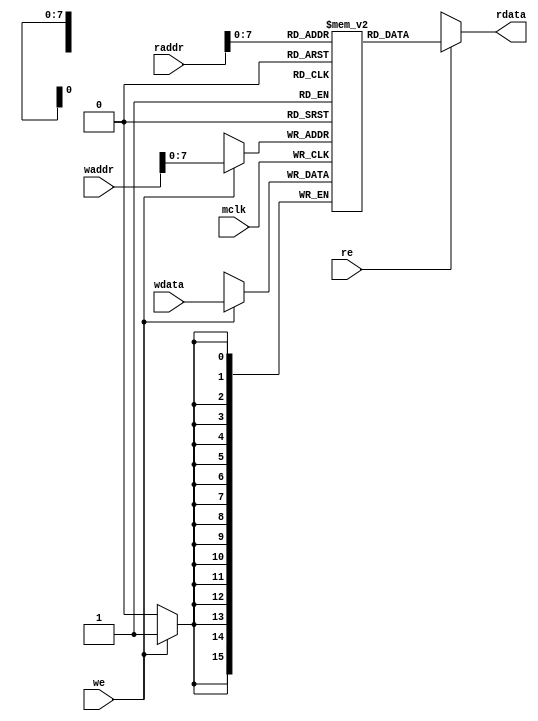
module Program_RAM(
    input mclk,

    input we,
    input [15:0] waddr,
    input [15:0] wdata,

    input re,
    input [15:0] raddr,
    output [15:0] rdata
);

    parameter addr_width = 8;
    localparam addr_len = 1<<addr_width-1;

    reg [15:0] mem_area[addr_len:0] ;  //255 word (adresses  0000h to 00ff  are available)
    wire [15:0] HiZs;


     assign rdata = re ? mem_area[ raddr[7:0] ] : HiZs;


    always @(negedge mclk) begin
        if(we)mem_area[ waddr[7:0]] <= wdata;
    end 

    // Test program
    initial begin
        //Main Program Area : 0000h - 004fh
        //Sub-routin Area   : 0060h - 006fh
        //data Area         : 0070h - 00B9h

              //[ 　Addr ]   Data　　　　//
        //Main Program Area : 0000h - 004fh
        mem_area[16'h0000] = 16'h0000;  // NOP
        mem_area[16'h0001] = 16'h0000;  // NOP
        mem_area[16'h0002] = 16'h0000;  // NOP
        mem_area[16'h0003] = 16'h0000;  // NOP
        mem_area[16'h0004] = 16'h0000;  // NOP
        mem_area[16'h0005] = 16'h0000;  // NOP
        mem_area[16'h0006] = 16'h0000;  // NOP
        mem_area[16'h0007] = 16'h0000;  // NOP
        mem_area[16'h0008] = 16'h0000;  // NOP
        mem_area[16'h0009] = 16'h0000;  // NOP
        mem_area[16'h000a] = 16'h0000;  // NOP
        mem_area[16'h000b] = 16'h0000;  // NOP
        mem_area[16'h000c] = 16'h0000;  // NOP
        mem_area[16'h000d] = 16'h0000;  // NOP
        mem_area[16'h000e] = 16'h0000;  // NOP
        mem_area[16'h000f] = 16'h0000;  // NOP
        mem_area[16'h0010] = 16'h0000;  // NOP
        mem_area[16'h0011] = 16'h0000;  // NOP
        mem_area[16'h0012] = 16'h0000;  // NOP
        mem_area[16'h0013] = 16'h0000;  // NOP
        mem_area[16'h0014] = 16'h0000;  // NOP
        mem_area[16'h0015] = 16'h0000;  // NOP
        mem_area[16'h0016] = 16'h0000;  // NOP
        mem_area[16'h0017] = 16'h0000;  // NOP
        mem_area[16'h0018] = 16'h0000;  // NOP
        mem_area[16'h0019] = 16'h0000;  // NOP
        mem_area[16'h001a] = 16'h0000;  // NOP
        mem_area[16'h001b] = 16'h0000;  // NOP
        mem_area[16'h001c] = 16'h0000;  // NOP
        mem_area[16'h001d] = 16'h0000;  // NOP
        mem_area[16'h001e] = 16'h0000;  // NOP
        mem_area[16'h001f] = 16'h0000;  // NOP
        mem_area[16'h0020] = 16'h0000;  // NOP
        mem_area[16'h0021] = 16'h0000;  // NOP
        mem_area[16'h0022] = 16'h0000;  // NOP
        mem_area[16'h0023] = 16'h0000;  // NOP
        mem_area[16'h0024] = 16'h0000;  // NOP
        mem_area[16'h0025] = 16'h0000;  // NOP
        mem_area[16'h0026] = 16'h0000;  // NOP
        mem_area[16'h0027] = 16'h0000;  // NOP
        mem_area[16'h0028] = 16'h0000;  // NOP
        mem_area[16'h0029] = 16'h0000;  // NOP
        mem_area[16'h002a] = 16'h0000;  // NOP
        mem_area[16'h002b] = 16'h0000;  // NOP
        mem_area[16'h002c] = 16'h0000;  // NOP
        mem_area[16'h002d] = 16'h0000;  // NOP
        mem_area[16'h002e] = 16'h0000;  // NOP
        mem_area[16'h002f] = 16'h0000;  // NOP
        mem_area[16'h0030] = 16'h0000;  // NOP
        mem_area[16'h0031] = 16'h0000;  // NOP
        mem_area[16'h0032] = 16'h0000;  // NOP
        mem_area[16'h0033] = 16'h0000;  // NOP
        mem_area[16'h0034] = 16'h0000;  // NOP
        mem_area[16'h0035] = 16'h0000;  // NOP
        mem_area[16'h0036] = 16'h0000;  // NOP
        mem_area[16'h0037] = 16'h0000;  // NOP
        mem_area[16'h0038] = 16'h0000;  // NOP
        mem_area[16'h0039] = 16'h0000;  // NOP
        mem_area[16'h003a] = 16'h0000;  // NOP
        mem_area[16'h003b] = 16'h0000;  // NOP
        mem_area[16'h003c] = 16'h0000;  // NOP
        mem_area[16'h003d] = 16'h0000;  // NOP
        mem_area[16'h003e] = 16'h0000;  // NOP
        mem_area[16'h003f] = 16'h0000;  // NOP
        mem_area[16'h0040] = 16'h0000;  // NOP
        mem_area[16'h0041] = 16'h0000;  // NOP
        mem_area[16'h0042] = 16'h0000;  // NOP
        mem_area[16'h0043] = 16'h0000;  // NOP
        mem_area[16'h0044] = 16'h0000;  // NOP
        mem_area[16'h0045] = 16'h0000;  // NOP
        mem_area[16'h0046] = 16'h0000;  // NOP
        mem_area[16'h0047] = 16'h0000;  // NOP
        mem_area[16'h0048] = 16'h0000;  // NOP
        mem_area[16'h0049] = 16'h0000;  // NOP
        mem_area[16'h004a] = 16'h0000;  // NOP
        mem_area[16'h004b] = 16'h0000;  // NOP
        mem_area[16'h004c] = 16'h0000;  // NOP
        mem_area[16'h004d] = 16'h0000;  // NOP
        mem_area[16'h004e] = 16'h0000;  // NOP
        mem_area[16'h004f] = 16'h0000;  // NOP
        mem_area[16'h0050] = 16'h0000;  // NOP
        mem_area[16'h0051] = 16'h0000;  // NOP
        mem_area[16'h0052] = 16'h0000;  // NOP
        mem_area[16'h0053] = 16'h0000;  // NOP
        mem_area[16'h0054] = 16'h0000;  // NOP
        mem_area[16'h0055] = 16'h0000;  // NOP
        mem_area[16'h0056] = 16'h0000;  // NOP
        mem_area[16'h0057] = 16'h0000;  // NOP
        mem_area[16'h0058] = 16'h0000;  // NOP
        mem_area[16'h0059] = 16'h0000;  // NOP
        mem_area[16'h005a] = 16'h0000;  // NOP
        mem_area[16'h005b] = 16'h0000;  // NOP
        mem_area[16'h005c] = 16'h0000;  // NOP
        mem_area[16'h005d] = 16'h0000;  // NOP
        mem_area[16'h005e] = 16'h0000;  // NOP
        mem_area[16'h005f] = 16'h0000;  // NOP

        //Sub-routin Area   : 0060h - 006fh
        mem_area[16'h0060] = 16'h0000;  // NOP
        mem_area[16'h0061] = 16'h0000;  // NOP
        mem_area[16'h0062] = 16'h0000;  // NOP
        mem_area[16'h0063] = 16'h0000;  // NOP
        mem_area[16'h0064] = 16'h0000;  // NOP
        mem_area[16'h0065] = 16'h0000;  // NOP
        mem_area[16'h0066] = 16'h0000;  // NOP
        mem_area[16'h0067] = 16'h0000;  // NOP
        mem_area[16'h0068] = 16'h0000;  // NOP
        mem_area[16'h0069] = 16'h0000;  // NOP
        mem_area[16'h006a] = 16'h0000;  // NOP
        mem_area[16'h006b] = 16'h0000;  // NOP
        mem_area[16'h006c] = 16'h0000;  // NOP
        mem_area[16'h006d] = 16'h0000;  // NOP
        mem_area[16'h006e] = 16'h0000;  // NOP
        mem_area[16'h006f] = 16'h0000;  // NOP
    end

endmodule